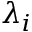
\lambda _ { i }